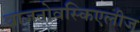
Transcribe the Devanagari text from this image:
वाजनोवस्किएलीज